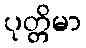
ပုတ္တိမာ